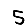
Digit: 5